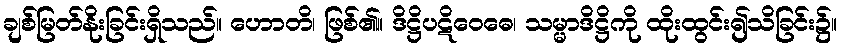
ချစ်မြတ်နိုးခြင်းရှိသည်။ ဟောတိ၊ ဖြစ်၏။ ဒိဋ္ဌိပဋိဝေဓေ၊ သမ္မာဒိဋ္ဌိကို ထိုးထွင်း၍သိခြင်း၌။